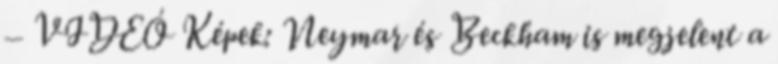
– VIDEÓ Képek: Neymar és Beckham is megjelent a